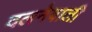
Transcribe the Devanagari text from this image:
दलनेवाली